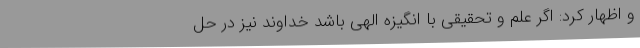
و اظهار کرد: اگر علم و تحقیقی با انگیزه الهی باشد خداوند نیز در حل